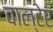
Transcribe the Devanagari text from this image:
वाल्टेर